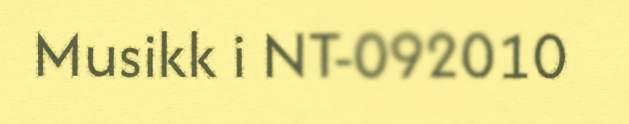
Musikk i NT-092010